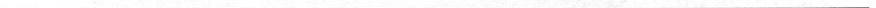
___